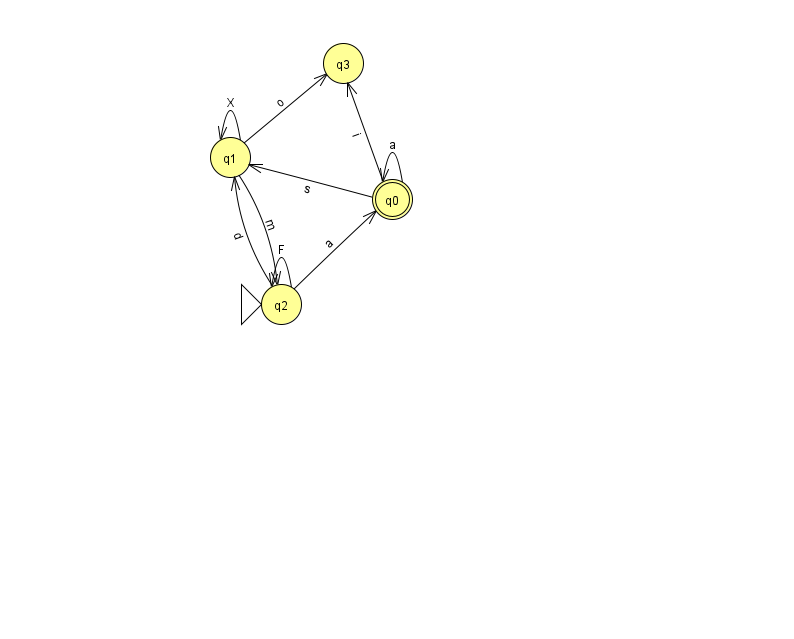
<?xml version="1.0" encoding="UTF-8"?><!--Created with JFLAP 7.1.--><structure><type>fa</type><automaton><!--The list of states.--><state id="0" name="q0"><x>392.0</x><y>186.0</y><final/></state><state id="1" name="q1"><x>230.0</x><y>144.0</y></state><state id="2" name="q2"><x>281.0</x><y>291.0</y><initial/></state><state id="3" name="q3"><x>343.0</x><y>50.0</y></state><!--The list of transitions.--><transition><from>0</from><to>0</to><read>a</read></transition><transition><from>0</from><to>3</to><read>i</read></transition><transition><from>2</from><to>1</to><read>d</read></transition><transition><from>2</from><to>2</to><read>F</read></transition><transition><from>0</from><to>1</to><read>s</read></transition><transition><from>1</from><to>1</to><read>X</read></transition><transition><from>2</from><to>0</to><read>a</read></transition><transition><from>1</from><to>2</to><read>m</read></transition><transition><from>1</from><to>3</to><read>o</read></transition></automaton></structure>